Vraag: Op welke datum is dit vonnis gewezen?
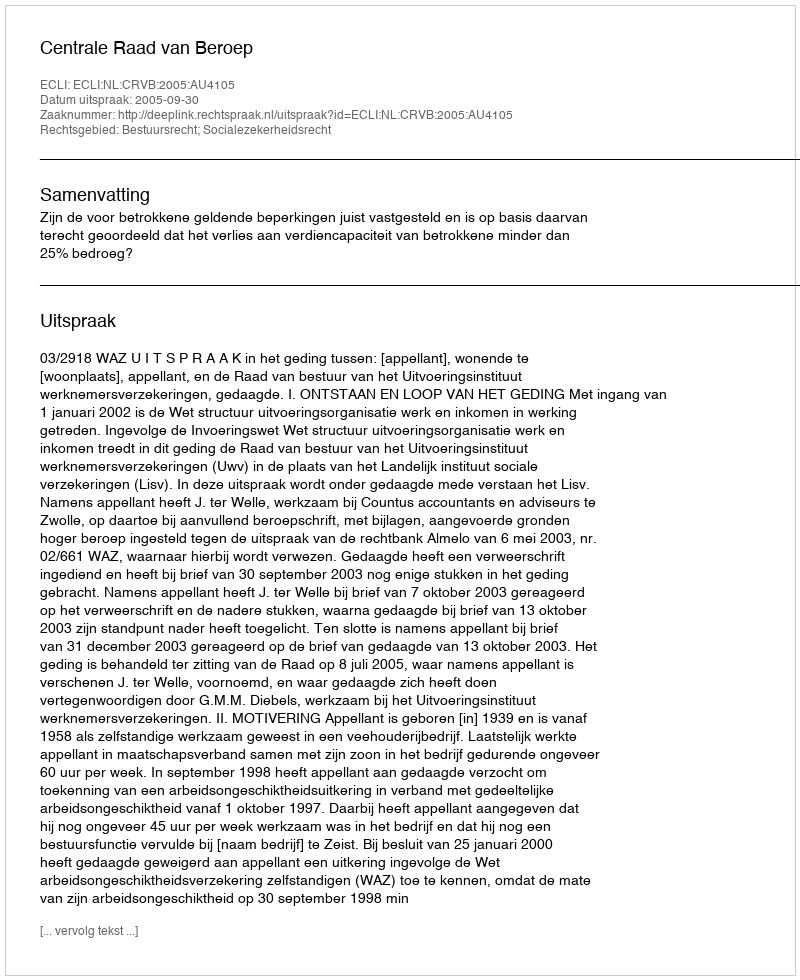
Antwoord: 2005-09-30